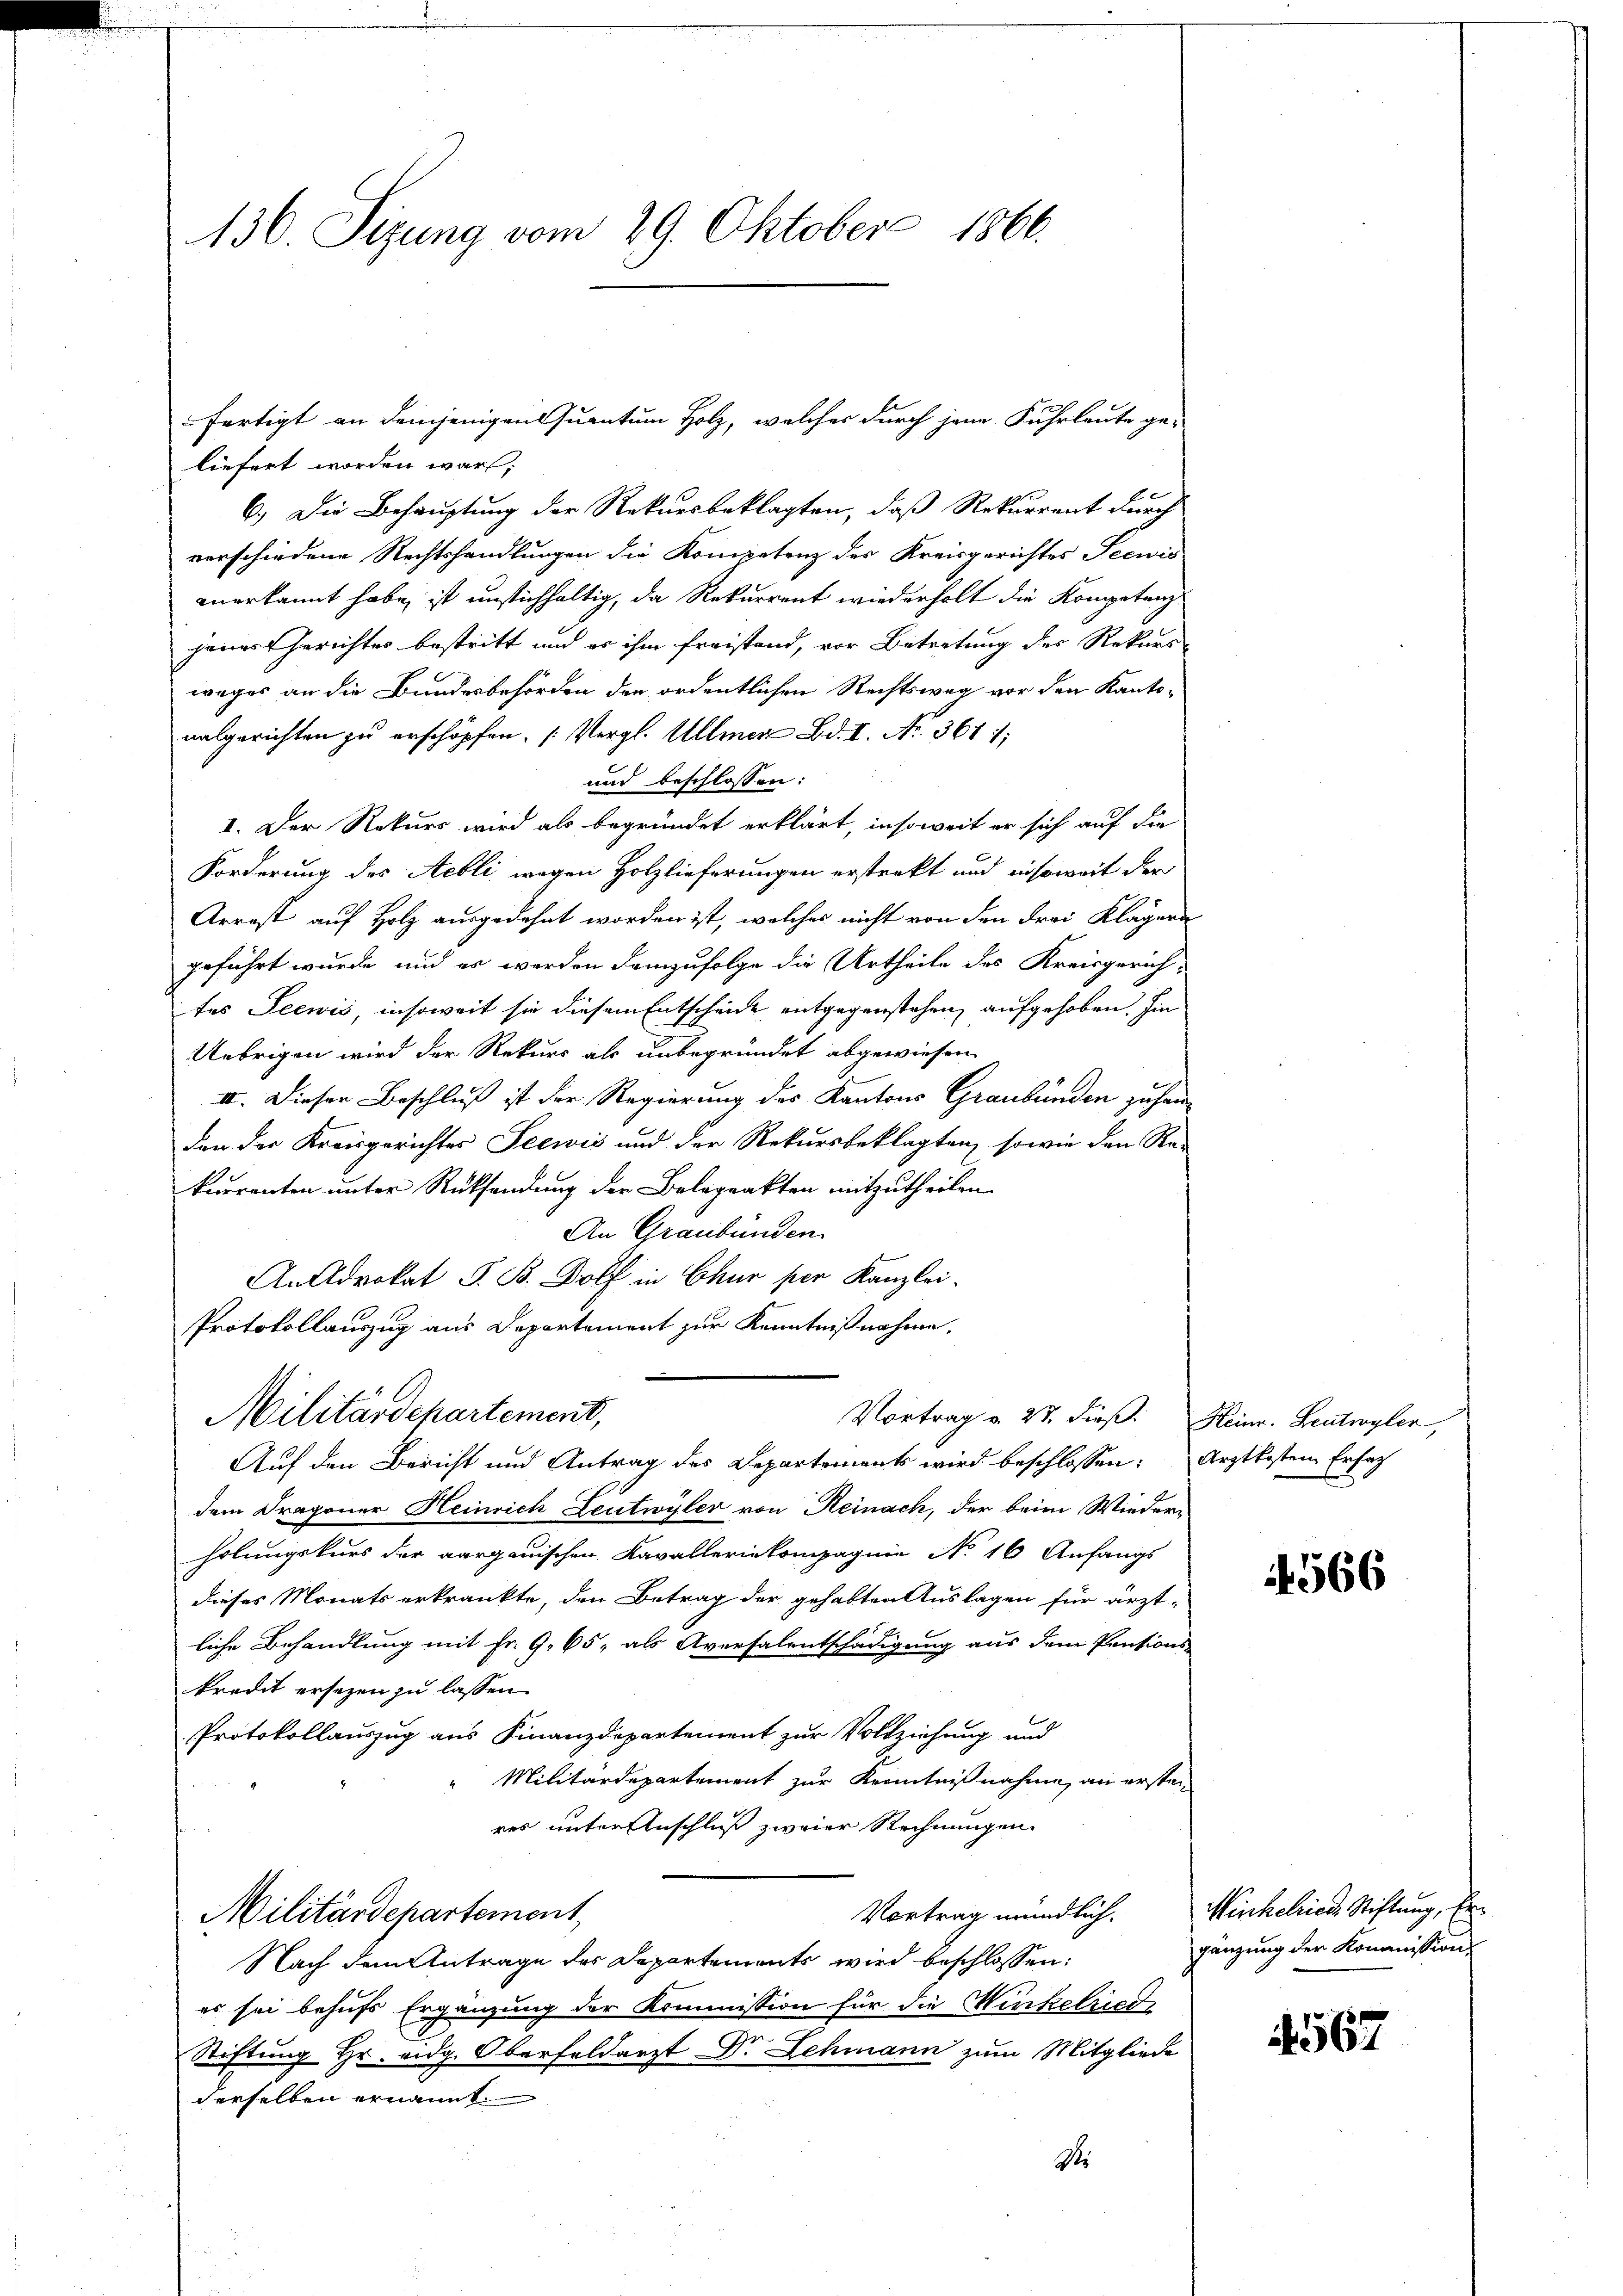
136. Sizung vom 29. Oktober 1866.

liefert worden war;
6.) Die Behauptung der Rekursbeklagten, daß Rekurrent durch
verschiedene Rechtshandlungen die Kompetenz des Kreisgerichtes Seewis
anerkannt habe, ist unstichhaltig, da Rekurrent wiederholt die Kompetanzjenes Gerichtes bestritt und es ihm freistand, vor Betretung der Rekurs-
weges an die Bundesbehörden der ordentlichen Rechtsweg vor den Kantonalgerichten zu erschöpfen. (Vergl. Ullmer Bd. I. A. 361 1;
und beschlossen:
I. Der Rekurs wird als begründet erklärt, insoweit er sich auf die
Forderung des Aebli wegen Holzlieferungen erstrakt und insoweit der
Arrest auf Holz ausgedehnt worden ist, welches nicht von den drei Klägern
geführt wurde, und es werden demzufolge die Urtheile des Kreisgerich-
tes Seewis, insoweit sie diesem Entscheide entgegenstehen, aufgehoben. Ein
Uebrigen wird der Rekurs als unbegründet abgewiesen
II. Dieser Beschluß ist der Regierung des Kantons Graubünden zusamden der Kreisgerichtes Seewis und der Rekursbeklagten, sowie den Re-
kurrenten unter Rücksendung der Belageakten mitzutheilen.
An Graubünden.
An Advokat S. B. Bolf in Chur per Kanzlei-
Protokollauszug aus Departement zur Kenntnißnahme.
Militärdepartement,
Vortrag u. 23. dieß. Heinr. Leutwyler,
Auf den Bericht und Antrag des Departements wird beschlossen: Arztkosten Erfach
dem Dragoner Heinrich Leutwyler von Reinach, der beim Wiederholungskurs der aargauischen Kavalleriekompagnie No 16 Anfangs
dieses Monats erkränkte, den Betrag der gehabten Auslagen für ärzt-
liche Behandlung mit Fr. 9. 65, als Aversalentschädigung aus dem Pensions-
kredit ersezen zu lassen.
Protokollauszug aus Finanzdepartement zur Vollziehung und
Militärdepartement zur Kenntnißnahme, an ersten
res unter Anschluß zweier Rechnungen.
Militärdepartement
Nach dem Antrage des Departements wird beschlossen:
es sei behufs Ergänzung der Kommission für die Winkelriede
Stiftung Hr. eidg. Oberfeldarzt Dr. Lehmann zum Mitgliede
derselben ernannt.
Str
s

fertigt an demjenigen Quantum Holz, welches durch jene Fuhrleute ge-

4566

Vortrag mündlich. Winkelricus Stiftung, Ergänzung der Kommission

567